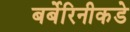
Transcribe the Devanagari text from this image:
बर्बेरिनीकडे